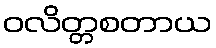
ဝလိတ္တစတာယ